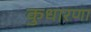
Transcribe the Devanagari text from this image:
कुधारणा